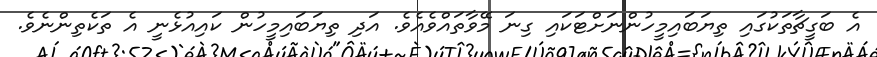
އެ ބަގީޗާތަކުގައި ތިޔަބައިމީހުންނަށްޓަކައި ގިނަ މޭވާތައްވެއެވެ. އަދި ތިޔަބައިމީހުން ކައިއުޅެނީ އެ ތަކެތިންނެވެ.